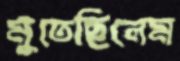
মুতেছিলেম